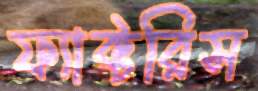
ফ্যাক্টরিস